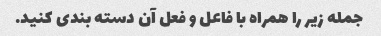
جمله زیر را همراه با فاعل و فعل آن دسته بندی کنید.